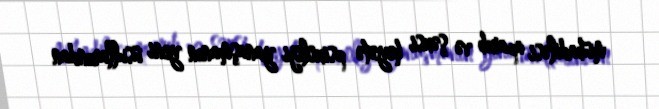
mübadiləsi aparıb və şəxsi heyətə psixoloji yanaşmanın yeni üsullarından